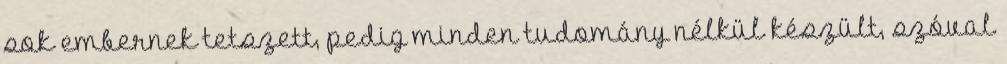
sok embernek tetszett, pedig minden tudomány nélkül készült, szóval